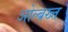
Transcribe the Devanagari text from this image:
ओल्ब्रख्त